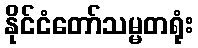
နိုင်ငံတော်သမ္မတရုံး